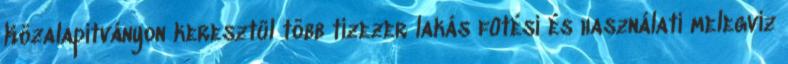
Közalapítványon keresztül több tízezer lakás fûtési és használati melegvíz